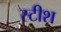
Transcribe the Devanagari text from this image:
स्टीश